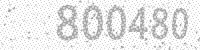
Solution: 800480